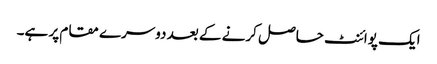
ایک پوائنٹ حاصل کرنے کے بعد دوسرے مقام پر ہے۔